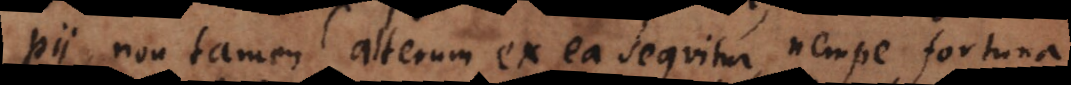
pii, non tamen alterum ex ea sequitur, nempe fortuna